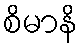
စိမာနိ